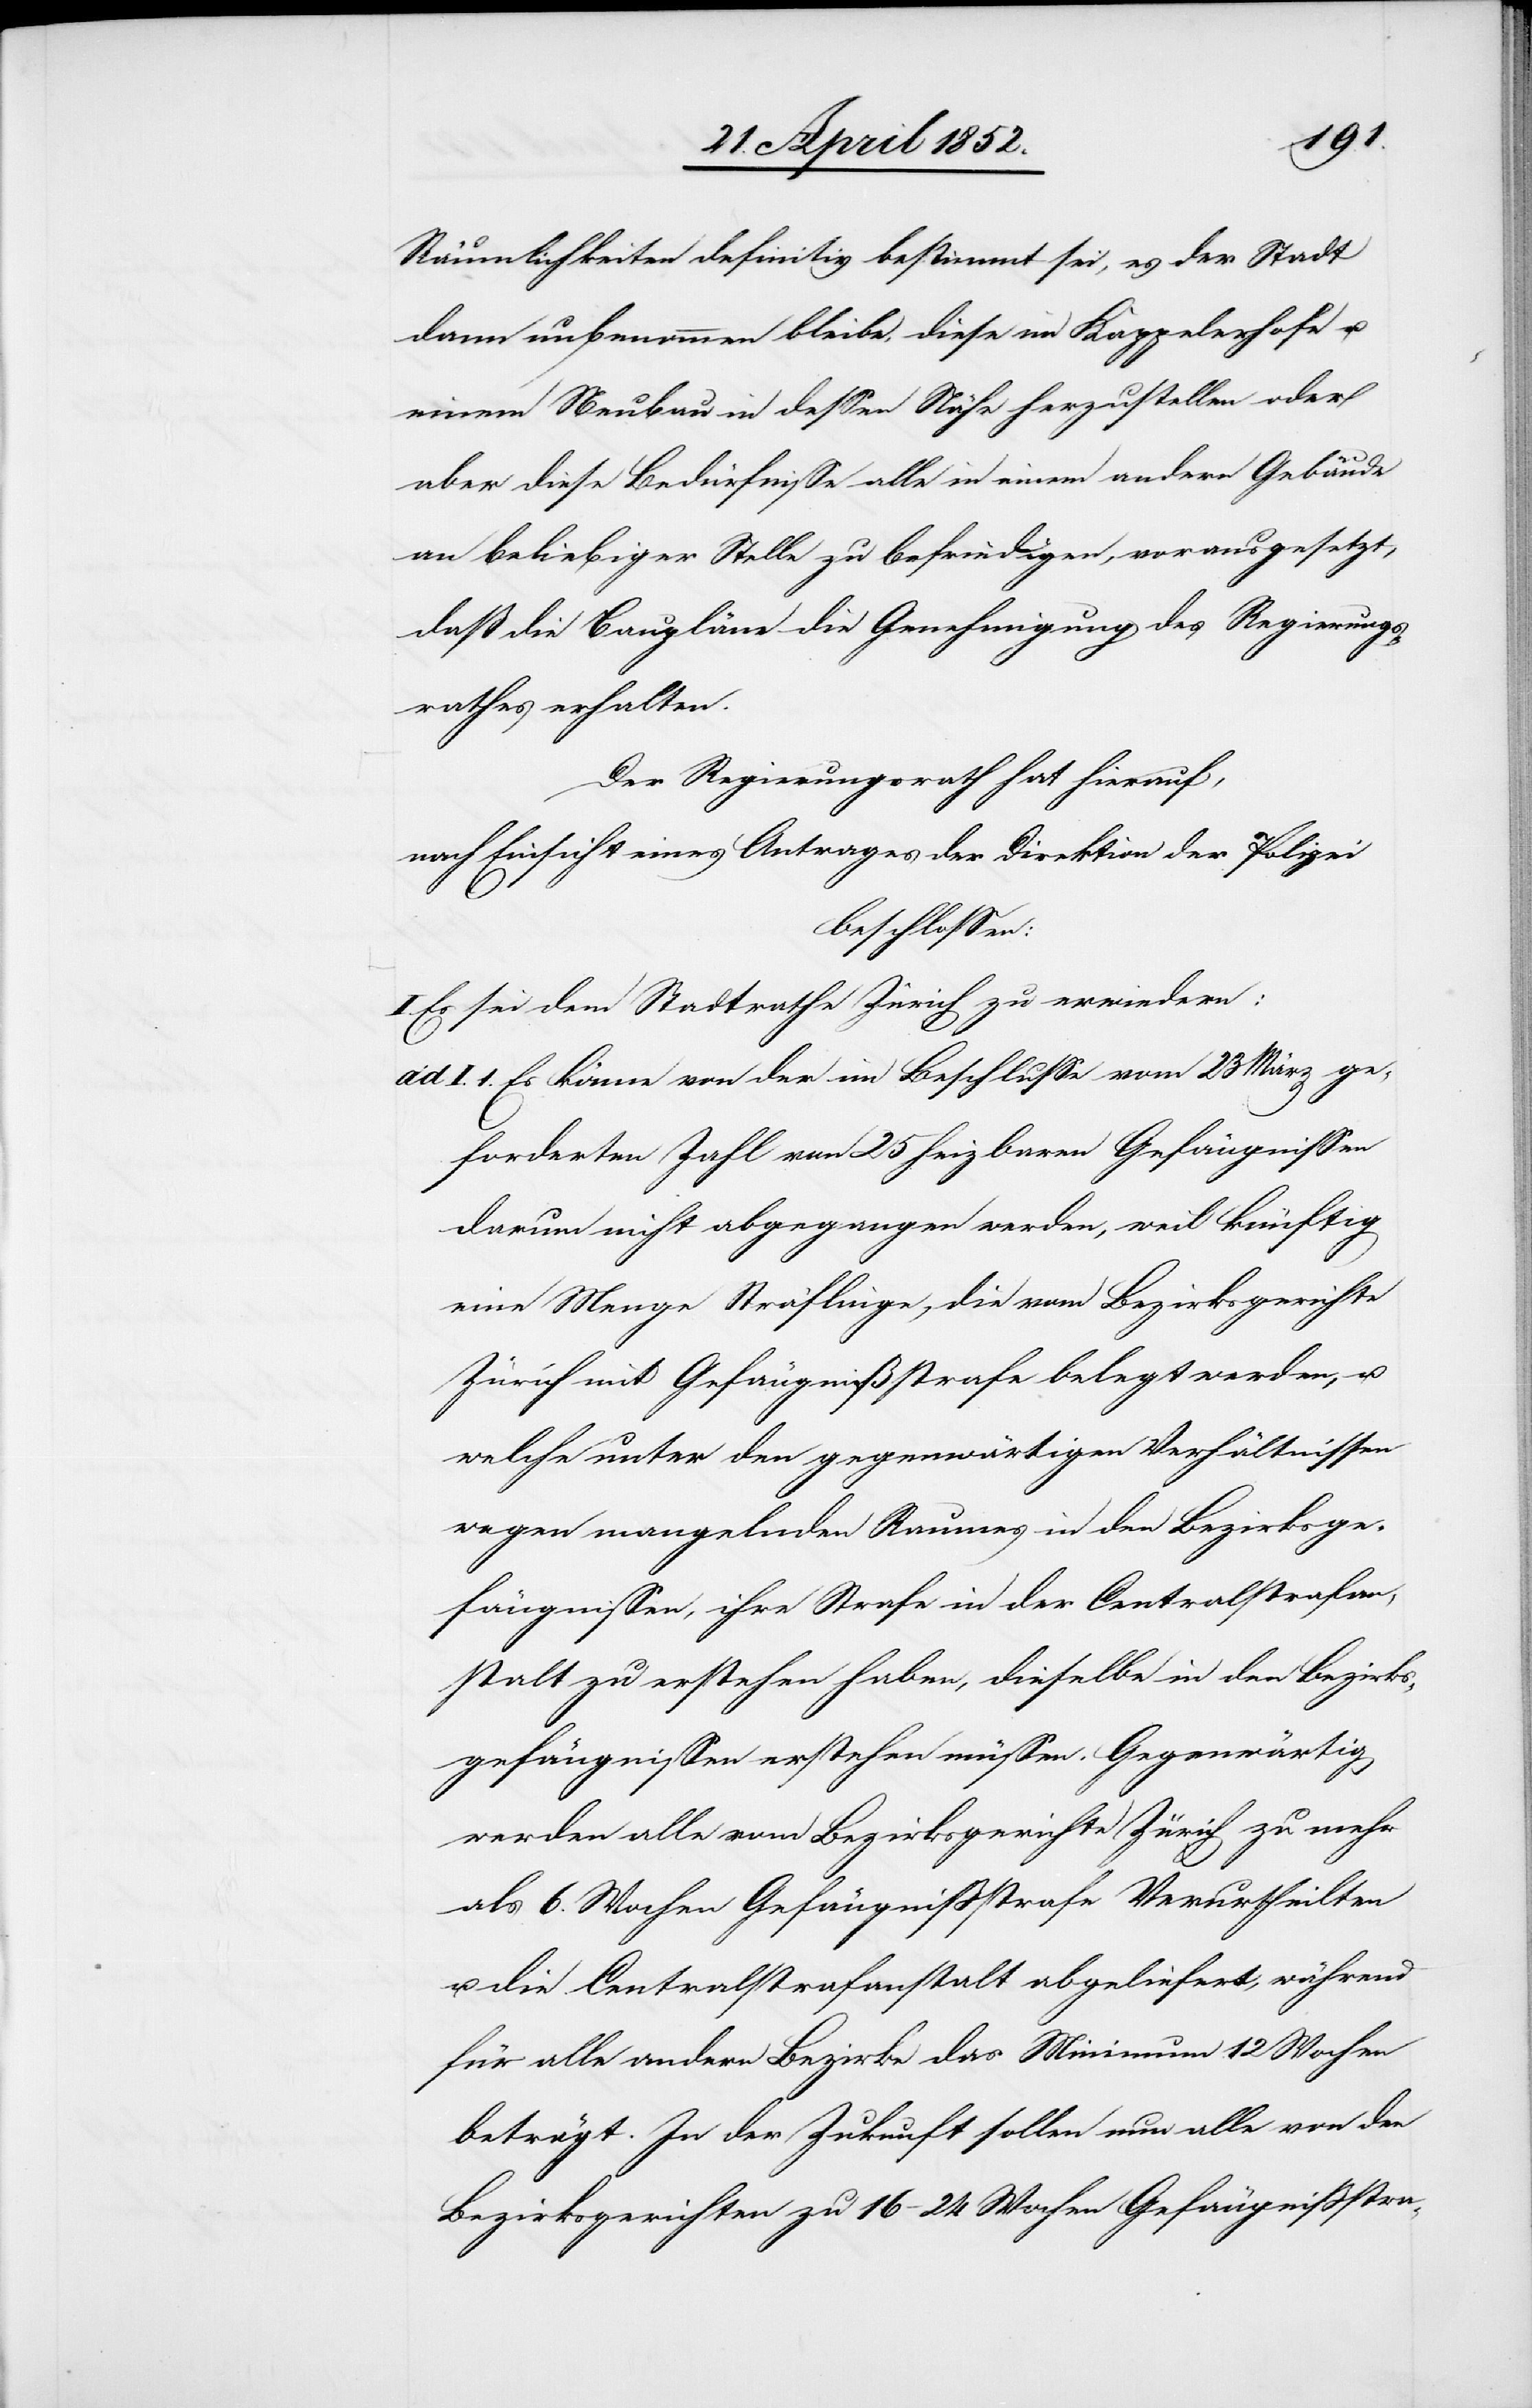
Räumlichkeiten definitiv bestimmt sei, es der Stadt
dann unbenommen bleibe, diese im Kappelerhofe u.
einem Neubau in dessen Nähe herzustellen oder
aber diese Bedürfnisse alle in einem andern Gebäude
an beliebiger Stelle zu befriedigen, vorausgesetzt,
daß die Baupläne die Genehmigung des Regierungs¬
rathes erhalten.
Der Regierungsrath hat hierauf,
nach Einsicht eines Antrages der Direktion der Polizei
beschlossen:
I. Es sei dem Stadtrathe Zürich zu erwiedern:
Es könne von der im Beschlusse vom 23 März ge¬
forderten Zahl von 25 heizbaren Gefängnissen
darum nicht abgegangen werden, weil künftig
eine Menge Sträflinge, die vom Bezirksgerichte
Zürich mit Gefängnißstrafe belegt werden, u.
welche unter den gegenwärtigen Verhältnissen
wegen mangelnden Raumes in den Bezirksge¬
fängnissen, ihre Strafe in der Centralstrafan¬
stalt zu erstehen haben, dieselbe in den Bezirks¬
gefängnissen erstehen müssen. Gegenwärtig
werden alle vom Bezirksgerichte Zürich zu mehr
als 6. Wochen Gefängnissstrafe Verurtheilten
die Centralstrafanstalt abgeliefert, während
für alle andern Bezirke das Minimum 12 Wochen
beträgt. In der Zukunft sollen nun alle von den
Bezirksgerichten zu 16–24 Wochen Gefängnissstra-